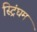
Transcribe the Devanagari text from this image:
स्ट्रिंघम